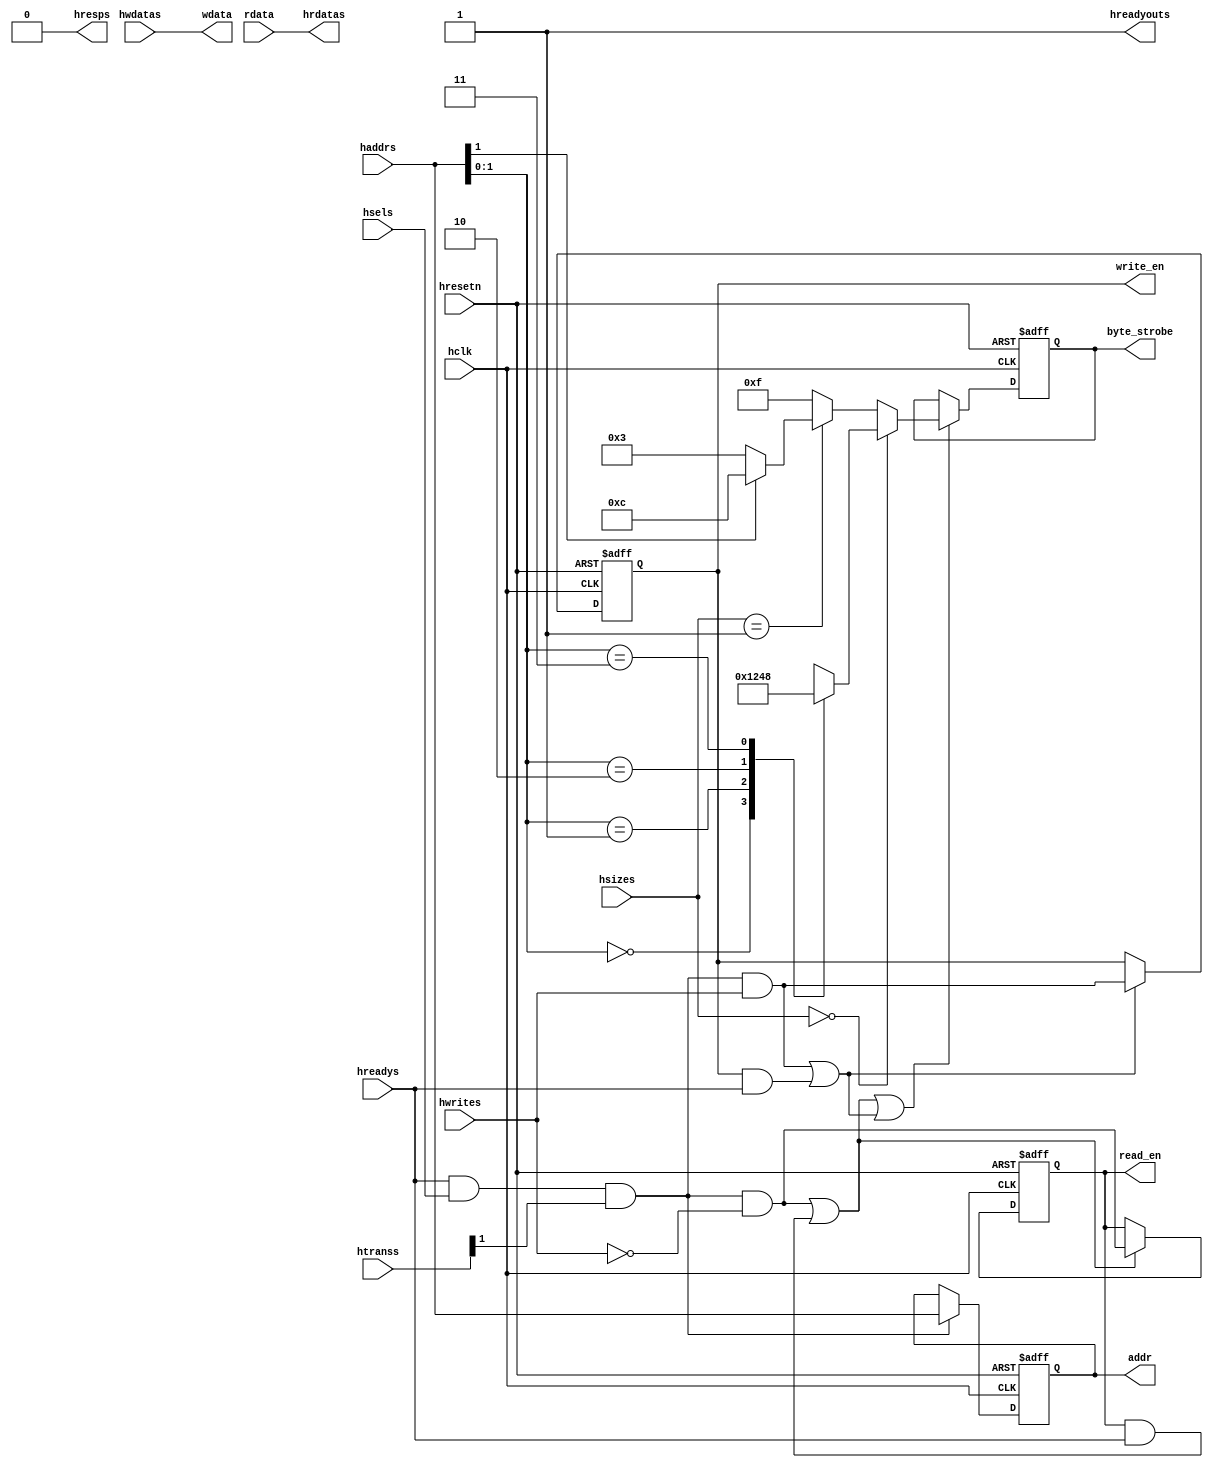
// This program was cloned from: https://github.com/verimake-team/SparkRoad-V
// License: MIT License

//-----------------------------------------------------------------------------
// The confidential and proprietary information contained in this file may
// only be used by a person authorised under and to the extent permitted
// by a subsisting licensing agreement from ARM Limited.
//
//            (C) COPYRIGHT 2010-2013 ARM Limited.
//                ALL RIGHTS RESERVED
//
// This entire notice must be reproduced on all copies of this file
// and copies of this file may only be made by a person if such person is
// permitted to do so under the terms of a subsisting license agreement
// from ARM Limited.
//
//      SVN Information
//
//      Checked In          : $Date: 2012-07-30 18:07:21 +0100 (Mon, 30 Jul 2012) $
//
//      Revision            : $Revision: 216980 $
//
//      Release Information : Cortex-M System Design Kit-r1p0-00rel0
//
//-----------------------------------------------------------------------------
//-----------------------------------------------------------------------------
// Abstract : AHB-lite example slave interface module. Transfer AHB-Lite BUS protocol to
//            simple register read write protocol
//-----------------------------------------------------------------------------
module cmsdk_ahb_eg_slave_interface #(
  //parameter for address width
  parameter   ADDRWIDTH=12)
 (
  input  wire                  hclk,       // clock
  input  wire                  hresetn,    // reset

  // AHB connection to master
  input  wire                  hsels,
  input  wire [ADDRWIDTH-1:0]  haddrs,
  input  wire [1:0]            htranss,
  input  wire [2:0]            hsizes,
  input  wire                  hwrites,
  input  wire                  hreadys,
  input  wire [31:0]           hwdatas,

  output wire                  hreadyouts,
  output wire                  hresps,
  output wire [31:0]           hrdatas,

   // Register interface
  output wire [ADDRWIDTH-1:0]  addr,
  output wire                  read_en,
  output wire                  write_en,
  output wire [3:0]            byte_strobe,
  output wire [31:0]           wdata,
  input  wire [31:0]           rdata);

  // ----------------------------------------
  // Internal wires declarations
   wire                   trans_req= hreadys & hsels & htranss[1];
    // transfer request issued only in SEQ and NONSEQ status and slave is
    // selected and last transfer finish

   wire                   ahb_read_req  = trans_req & (~hwrites);// AHB read request
   wire                   ahb_write_req = trans_req &  hwrites;  // AHB write request
   wire                   update_read_req;    // To update the read enable register
   wire                   update_write_req;   // To update the write enable register

   reg  [ADDRWIDTH-1:0]   addr_reg;     // address signal, registered
   reg                    read_en_reg;  // read enable signal, registered
   reg                    write_en_reg; // write enable signal, registered

   reg  [3:0]             byte_strobe_reg; // registered output for byte strobe
   reg  [3:0]             byte_strobe_nxt; // next state for byte_strobe_reg
  //-----------------------------------------------------------
  // Module logic start
  //----------------------------------------------------------

  // Address signal registering, to make the address and data active at the same cycle
  always @(posedge hclk or negedge hresetn)
  begin
    if (~hresetn)
      addr_reg <= {(ADDRWIDTH){1'b0}}; //default address 0 is selected
    else if (trans_req)
      addr_reg <= haddrs[ADDRWIDTH-1:0];
  end


  // register read signal generation
  assign update_read_req = ahb_read_req | (read_en_reg & hreadys); // Update read enable control if
                                 //  1. When there is a valid read request
                                 //  2. When there is an active read, update it at the end of transfer (HREADY=1)

  always @(posedge hclk or negedge hresetn)
  begin
    if (~hresetn)
      begin
        read_en_reg <= 1'b0;
      end
    else if (update_read_req)
      begin
        read_en_reg  <= ahb_read_req;
      end
  end

  // register write signal generation
  assign update_write_req = ahb_write_req |( write_en_reg & hreadys);  // Update write enable control if
                                 //  1. When there is a valid write request
                                 //  2. When there is an active write, update it at the end of transfer (HREADY=1)

  always @(posedge hclk or negedge hresetn)
  begin
    if (~hresetn)
      begin
        write_en_reg <= 1'b0;
      end
    else if (update_write_req)
      begin
        write_en_reg  <= ahb_write_req;
      end
  end

  // byte strobe signal
   always @(hsizes or haddrs)
   begin
     if (hsizes == 3'b000)    //byte
       begin
         case(haddrs[1:0])
           2'b00: byte_strobe_nxt = 4'b0001;
           2'b01: byte_strobe_nxt = 4'b0010;
           2'b10: byte_strobe_nxt = 4'b0100;
           2'b11: byte_strobe_nxt = 4'b1000;
           default: byte_strobe_nxt = 4'bxxxx;
         endcase
       end
     else if (hsizes == 3'b001) //half word
       begin
         if(haddrs[1]==1'b1)
           byte_strobe_nxt = 4'b1100;
         else
           byte_strobe_nxt = 4'b0011;
       end
     else // default 32 bits, word
       begin
           byte_strobe_nxt = 4'b1111;
       end
   end

  always @(posedge hclk or negedge hresetn)
  begin
    if (~hresetn)
      byte_strobe_reg <= {4{1'b0}};
    else if (update_read_req|update_write_req)
      // Update byte strobe registers if
      // 1. if there is a valid read/write transfer request
      // 2. if there is an on going transfer
      byte_strobe_reg  <= byte_strobe_nxt;
  end

  //-----------------------------------------------------------
  // Outputs
  //-----------------------------------------------------------
  // For simplify the timing, the master and slave signals are connected directly, execpt data bus.
  assign addr        = addr_reg[ADDRWIDTH-1:0];
  assign read_en     = read_en_reg;
  assign write_en    = write_en_reg;
  assign wdata       = hwdatas;
  assign byte_strobe = byte_strobe_reg;

  assign hreadyouts  = 1'b1;  // slave always ready
  assign hresps      = 1'b0;  // OKAY response from slave
  assign hrdatas     = rdata;
  //-----------------------------------------------------------
  //Module logic end
  //----------------------------------------------------------


endmodule